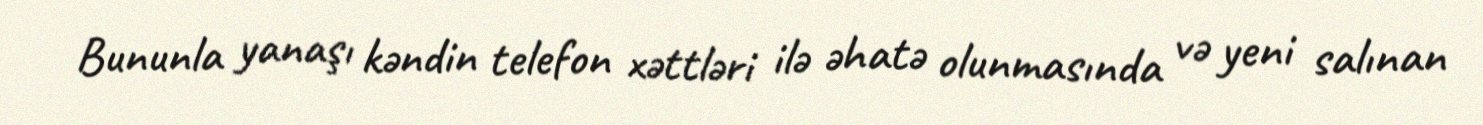
Bununla yanaşı kəndin telefon xəttləri ilə əhatə olunmasında və yeni salınan